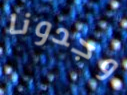
وجدونا